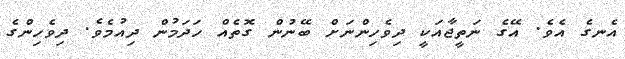
އެނގެ އެވެ. އޭގެ ނަތީޖާއަކީ ދިވެހިންނަށް ބޭނުން ގޮތެއް ހަދަމުން ދިއުމެވެ. ދިވެހިންގެ